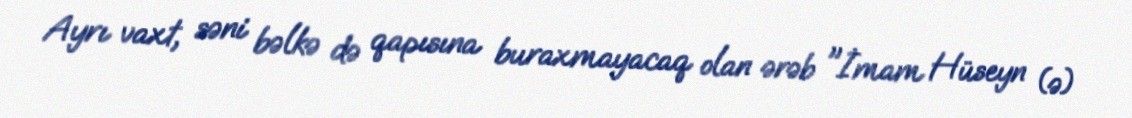
Ayrı vaxt, səni bəlkə də qapısına buraxmayacaq olan ərəb "İmam Hüseyn (ə)